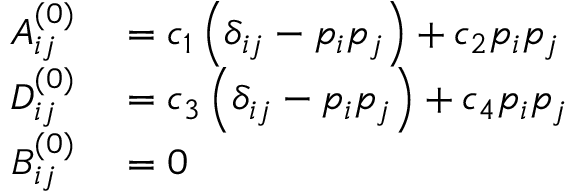
\begin{array} { r l } { { A } _ { i j } ^ { ( 0 ) } } & { { } = c _ { 1 } \left( \delta _ { i j } - { p _ { i } } { p _ { j } } \right) + c _ { 2 } { p _ { i } } { p _ { j } } } \\ { { D } _ { i j } ^ { ( 0 ) } } & { { } = c _ { 3 } \left( \delta _ { i j } - { p _ { i } } { p _ { j } } \right) + c _ { 4 } { p _ { i } } { p _ { j } } } \\ { { B } _ { i j } ^ { ( 0 ) } } & { { } = 0 } \end{array}